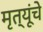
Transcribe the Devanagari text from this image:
मृत्यूंचे